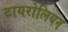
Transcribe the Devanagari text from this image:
टायरोलियन